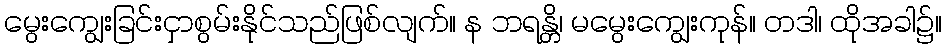
မွေးကျွေးခြင်းငှာစွမ်းနိုင်သည်ဖြစ်လျက်။ န ဘရန္တိ၊ မမွေးကျွေးကုန်။ တဒါ၊ ထိုအခါ၌။